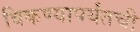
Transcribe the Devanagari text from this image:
विकण्यापर्यंतची